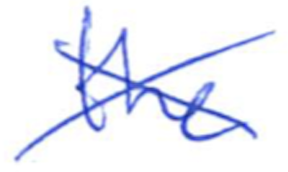
Text: the
Cross-out: cross
Writing tool: ballpoint